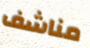
مناشف